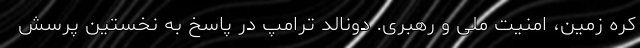
کره زمین، امنیت ملی و رهبری. دونالد ترامپ در پاسخ به نخستین پرسش